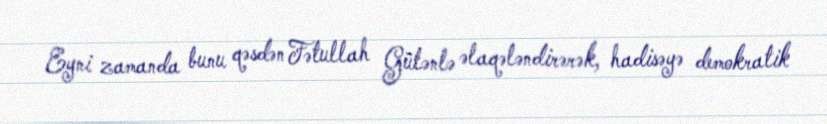
Eyni zamanda bunu qəsdən Fətullah Gülənlə əlaqələndirərək, hadisəyə demokratik